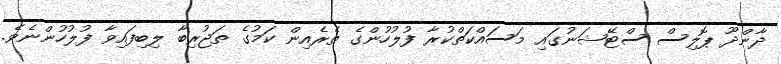
ދާންދޫ ޕޮލިސް ސްޓޭޝަނުގައި މަސައްކަތްކުރާ ފުލުހުންގެ ތެރެއިން ކަމުގެ ތަޖުރިބާ ލިބިފައިވާ ފުލުހުންނެވެ.